Vaccination United Provinces of Agra and Oudh 1914-1922 - 1914-1922
Year: 1914
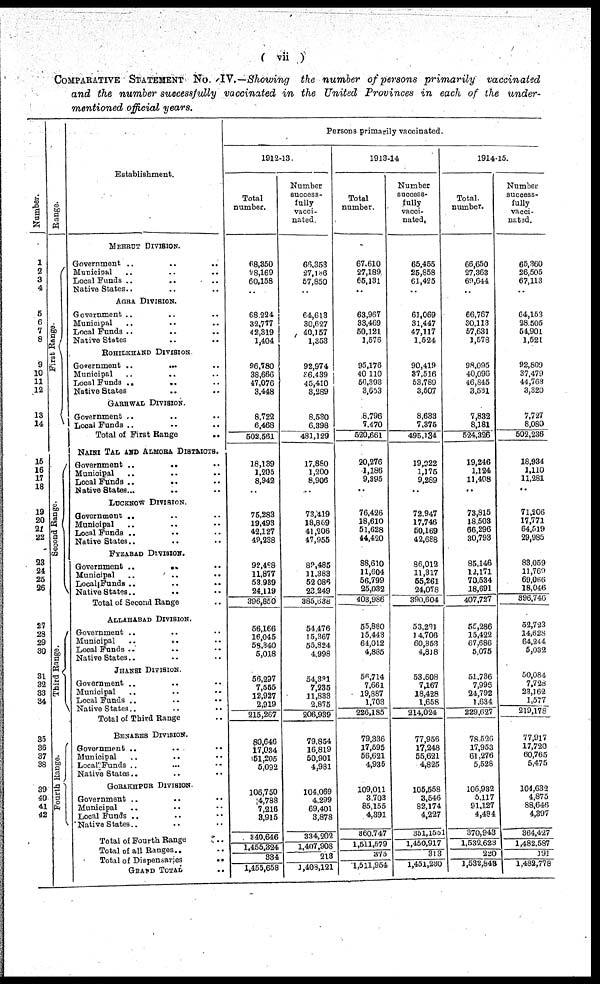
( vii )
COMPARATIVE STATEMENT No. IV.—Showing the number of persons primarily
vaccinated
and the number successfully vaccinated in the United Provinces in each of the under-
mentioned official years.
Number.
1
2
3
4
5
6
7
8
9
10
11
12
13
14
15
16
17
18
19
20
21
22
23
24
25
26
27
28 29
30
31
32 33
34
35 36
37
38
39 40
41
42
Range.
First Range.
Second Range.
Third Range.
Fourth Range.
Establishment.
MEERUT DIVISION.
Government .. .. ..
Municipal .. .. ..
Local Funds .. .. ..
Native States .. .. ..
AGRA DIVISION.
Government .. .. ..
Municipal .. .. ..
Local Funds .. .. ..
Native States .. .. ..
ROHILKHAND DIVISION
Government ..
... ..
Municipal .. .. ..
Local Funds .. .. ..
Native States .. .. ..
GARHWAL DIVISION.
Government .. .. ..
Local Funds .. .. ..
Total of First Range
.. .. ..
NAINI TAL AND ALMORA DISTRICTS.
Government ..
.. ..
Municipal
..
.. ..
Local Funds .. .. ..
Native States ... .. ..
LUCKNOW DIVISION.
Government .. .. ..
Municipal .. .. ..
Local Funds .. .. ..
Native States .. .. ..
FYZABAD DIVISION.
Government ..
.. ..
Municipal .. .. ..
Local Funds .. .. ..
Native States.. .. ..
Total of Second Range ..
ALLAHABAD DIVISION.
Government .. .. ..
Municipal .. .. ..
Local Funds .. .. ..
Native States .. .. ..
JHANSI DIVISION.
Government .. .. ..
Municipal .. .. ..
Local Funds .. .. ..
Native States
..
..
..
Total of Third Range ..
BENARES DIVISION.
Government .. .. ..
Municipal .. .. ..
Local Funds .. .. ..
Native States .. .. ..
GORAKHPUR DIVISION
Government .. .. ..
Municipal .. .. ..
Local Funds .. .. ..
Native States .. .. ..
Total of Fourth Range ..
Total of all Ranges ..
Total of Dispensaries
..
GRAND TOTAL ..
Persons primarily vaccinated.
1912-13.
Total
number.
68,350
78,169
60,158
..
68,224
32,777
42,319
1,404
96,780
38,666
47,076
3,448
8,722
6,468
502,561
18,139
1,205
8,942
..
75,283
19,493
42,127
49,238
92,488
11,877
53,939
24,119
396,850
56,166
16,045
58,340
5,018
56,297
7,555
12,927
2,919
215,267
80,646
17,034
51,205
5,092
106,750
4,783
7,216
3,915
340,646
1,455,324
334
1,455,658
Number
success-
fully
vacci-
nated.
66,353
27,136
57,850
..
64,613
30,627
40,157
1,353
92,974
36,439
45,410
3,289
8,530
6,398
481,129
17,880
1,200
8,906
..
73,419
18,869
41,206
47,955
89,485
11,383
52,086
23,249
385,638
54,476
15,367
55,824
4,998
54,331
7,235
11,833
2,875
206,939
79,854
16,819
50,901
4,981
104,069
4,299
69,401
3,878
334,202
1,407,908
213
1,408,121
1913-14
Total
number.
67,610
27,189
65,131
..
63,967
33,469
50,121
1,576
95,176
40,110
56,393
3,653
8,796
7,470
520,661
20,276
1,186
9,395
..
76,426
18,610
51,628
44,420
88,610
11,604
56,799
25,032
403,986
55,880
15,443
64,012
4,885
56,714
7,661
19,887
1,703
226,185
79,336
17,595
56,621
4,935
109,011
3,703
85,155
4,391
360,747
1,511,579
375
1,511,954
Number
success¬
fully
vacci¬
nated.
65,455
25,858
61,425
..
61,069
31,447
47,117
1,524
90,419
37,516
53,789
3,507
8,633
7,375
495,134
19,922
1,175
9,289
..
72,947
17,746
50,169
42,688
86,012
11,317
55,261
24,078
390,604
53,291
14,706
60,353
4,818
53,608
7,167
18,428
1,658
214,024
77,956
17,248
55,621
4,825
105,558
3,546
82,174
4,227
351,1551
1,450,917
313
1,451,230
1914-15.
Total
number.
66,650
27,363
69,644
..
66,767
30,113
57,631
1,578
98,095
40,096
46,845
3,531
7,832
8,181
524,326
19,246
1,124
11,408
..
73,815
18,503
66,296
30,793
85,146
12,171
70,534
18,691
407,727
55,286
15,422
67,686
5,075
51,736
7,996
24,792
1,634
229,627
78,526
17,953
61,276
5,528
106,932
5,117
91,127
4,484
370,943
1,532,623
220
1,532,848
Number
success-
fully
vacci¬
nated.
65,360
26,505
67,113
..
64,153
28,505
54,901
1,521
92,809
37,479
44,763
3,320
7,727
8,080
502,236
18,934
1,110
11,281
..
71,206
17,771
64,519
29,985
83,059
11,769
69,066
18,046
396,746
52,723
14,628
64,244
5,032
50,084
7,728
23,162
1,577
219,178
77,917
17,720
60,765
5,475
104,632
4,875
88,646
4,397
364,427
1,482,587
191
1,482,778